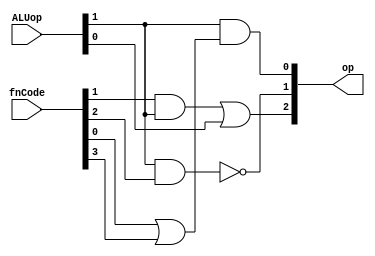
module yC4(op, ALUop, fnCode);
output [2:0] op;
input [5:0] fnCode;
input [1:0] ALUop;
wire t1, t2;
or (t1, fnCode[0], fnCode[3]);
and (t2, fnCode[1], ALUop[1]);
and (op[0], ALUop[1], t1);
nand (op[1], ALUop[1], fnCode[2]);
or (op[2], t2, ALUop[0]);
endmodule